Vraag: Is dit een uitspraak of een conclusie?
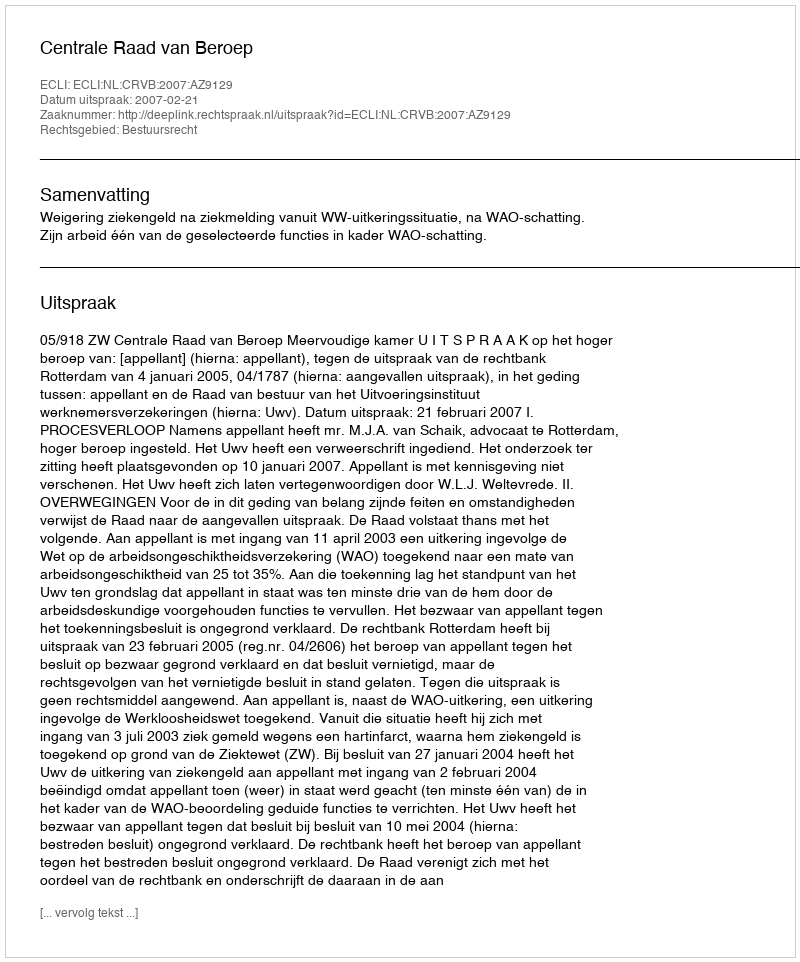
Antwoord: Uitspraak